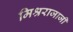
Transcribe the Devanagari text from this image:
मिश्रराजाजी